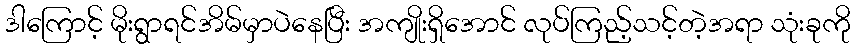
ဒါကြောင့် မိုးရွာရင်အိမ်မှာပဲနေပြီး အကျိုးရှိအောင် လုပ်ကြည့်သင့်တဲ့အရာ သုံးခုကို